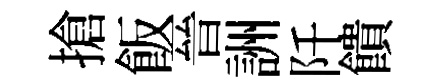
搶飯晉詶阡饋